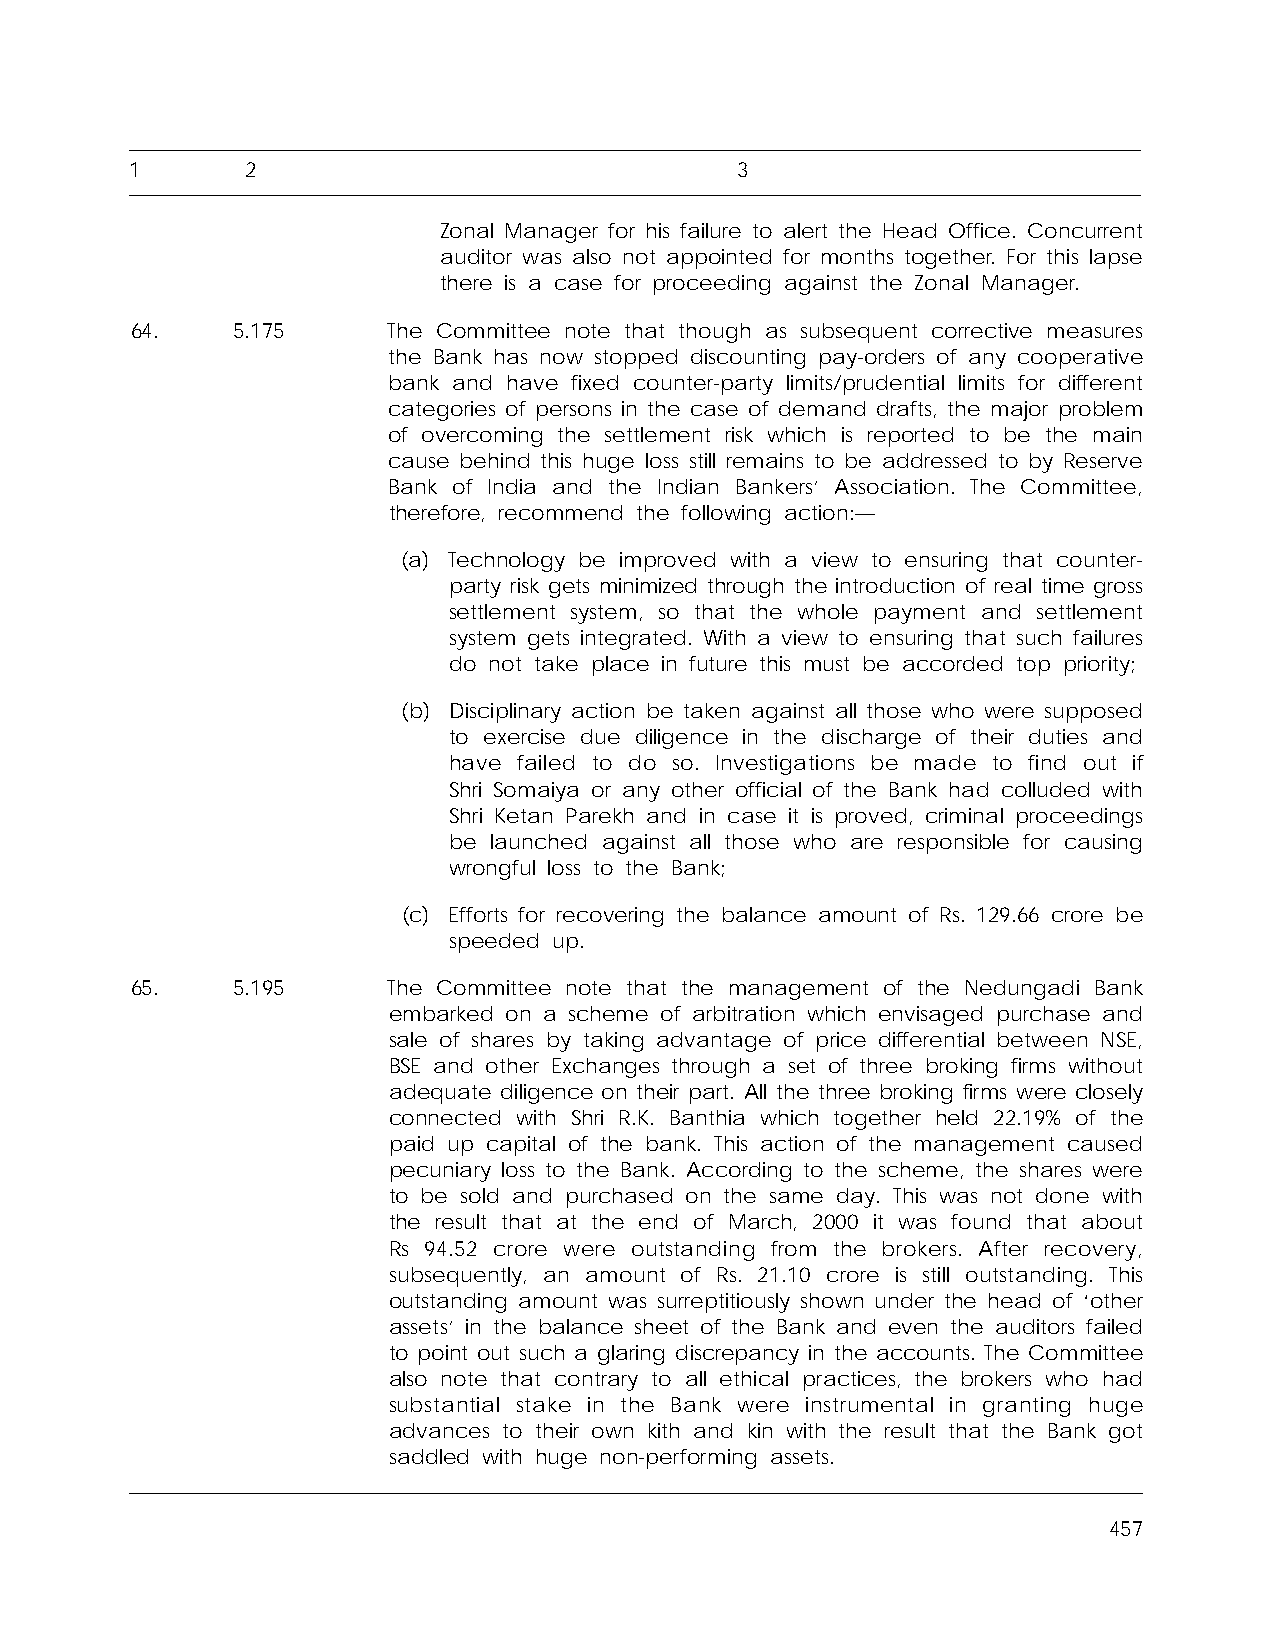
1      2                                3
 Zonal Manager for his failure to alert the Head Office. Concurrent
 auditor was also not appointed for months together. For this lapse
 there is a case for proceeding against the Zonal Manager.
 64.   5.175      The Committee note that though as subsequent corrective measures
 the Bank has now stopped discounting pay-orders of any cooperative
 bank and have fixed counter-party limits/prudential limits for different
 categories of persons in the case of demand drafts, the major problem
 of overcoming the settlement risk which is reported to be the main
 cause behind this huge loss still remains to be addressed to by Reserve
 Bank of India and the Indian Bankers’ Association. The Committee,
 therefore, recommend the following action:—
 (a) Technology be improved with a view to ensuring that counter-
 party risk gets minimized through the introduction of real time gross
 settlement system, so that the whole payment and settlement
 system gets integrated. With a view to ensuring that such failures
 do not take place in future this must be accorded top priority;
 (b) Disciplinary action be taken against all those who were supposed
 to exercise due diligence in the discharge of their duties and
 have failed to do so. Investigations be made to find out if
 Shri Somaiya or any other official of the Bank had colluded with
 Shri Ketan Parekh and in case it is proved, criminal proceedings
 be launched against all those who are responsible for causing
 wrongful loss to the Bank;
 (c) Efforts for recovering the balance amount of Rs. 129.66 crore be
 speeded up.
 65.   5.195      The Committee note that the management of the Nedungadi Bank
 embarked on a scheme of arbitration which envisaged purchase and
 sale of shares by taking advantage of price differential between NSE,
 BSE and other Exchanges through a set of three broking firms without
 adequate diligence on their part. All the three broking firms were closely
 connected with Shri R.K. Banthia which together held 22.19% of the
 paid up capital of the bank. This action of the management caused
 pecuniary loss to the Bank. According to the scheme, the shares were
 to be sold and purchased on the same day. This was not done with
 the result that at the end of March, 2000 it was found that about
 Rs 94.52 crore were outstanding from the brokers. After recovery,
 subsequently, an amount of Rs. 21.10 crore is still outstanding. This
 outstanding amount was surreptitiously shown under the head of ‘other
 assets’ in the balance sheet of the Bank and even the auditors failed
 to point out such a glaring discrepancy in the accounts. The Committee
 also note that contrary to all ethical practices, the brokers who had
 substantial stake in the Bank were instrumental in granting huge
 advances to their own kith and kin with the result that the Bank got
 saddled with huge non-performing assets.
 457